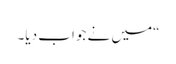
“میں نے جواب دیا۔